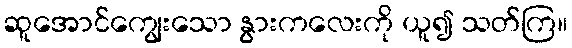
ဆူအောင်ကျွေးသော နွားကလေးကို ယူ၍ သတ်ကြ။